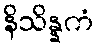
နိသိန္နကံ